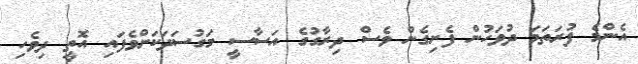
އެންމެ ފުރަތަމަ ދުވަހުން ފެށިގެން ވެސް ދިރާގުގެ އަސާސީ މަގުސަދަކަށްވެފައި އޮތީ ދިވެހި